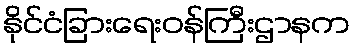
နိုင်ငံခြားရေးဝန်ကြီးဌာနက